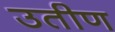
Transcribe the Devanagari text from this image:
उतीण